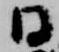
日